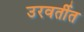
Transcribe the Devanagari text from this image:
उरवर्तीत